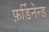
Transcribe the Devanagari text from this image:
फ़र्डिनेन्ड